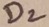
Text: D2